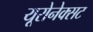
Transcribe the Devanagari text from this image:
यूरोनेक्सट